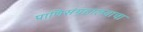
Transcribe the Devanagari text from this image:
प्राणिसंग्रहालयाचा